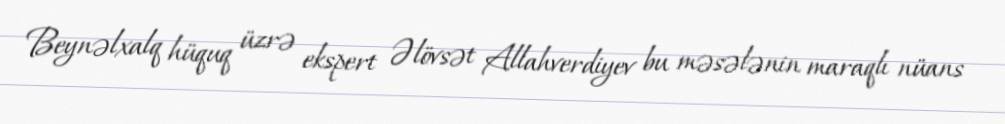
Beynəlxalq hüquq üzrə ekspert Əlövsət Allahverdiyev bu məsələnin maraqlı nüans